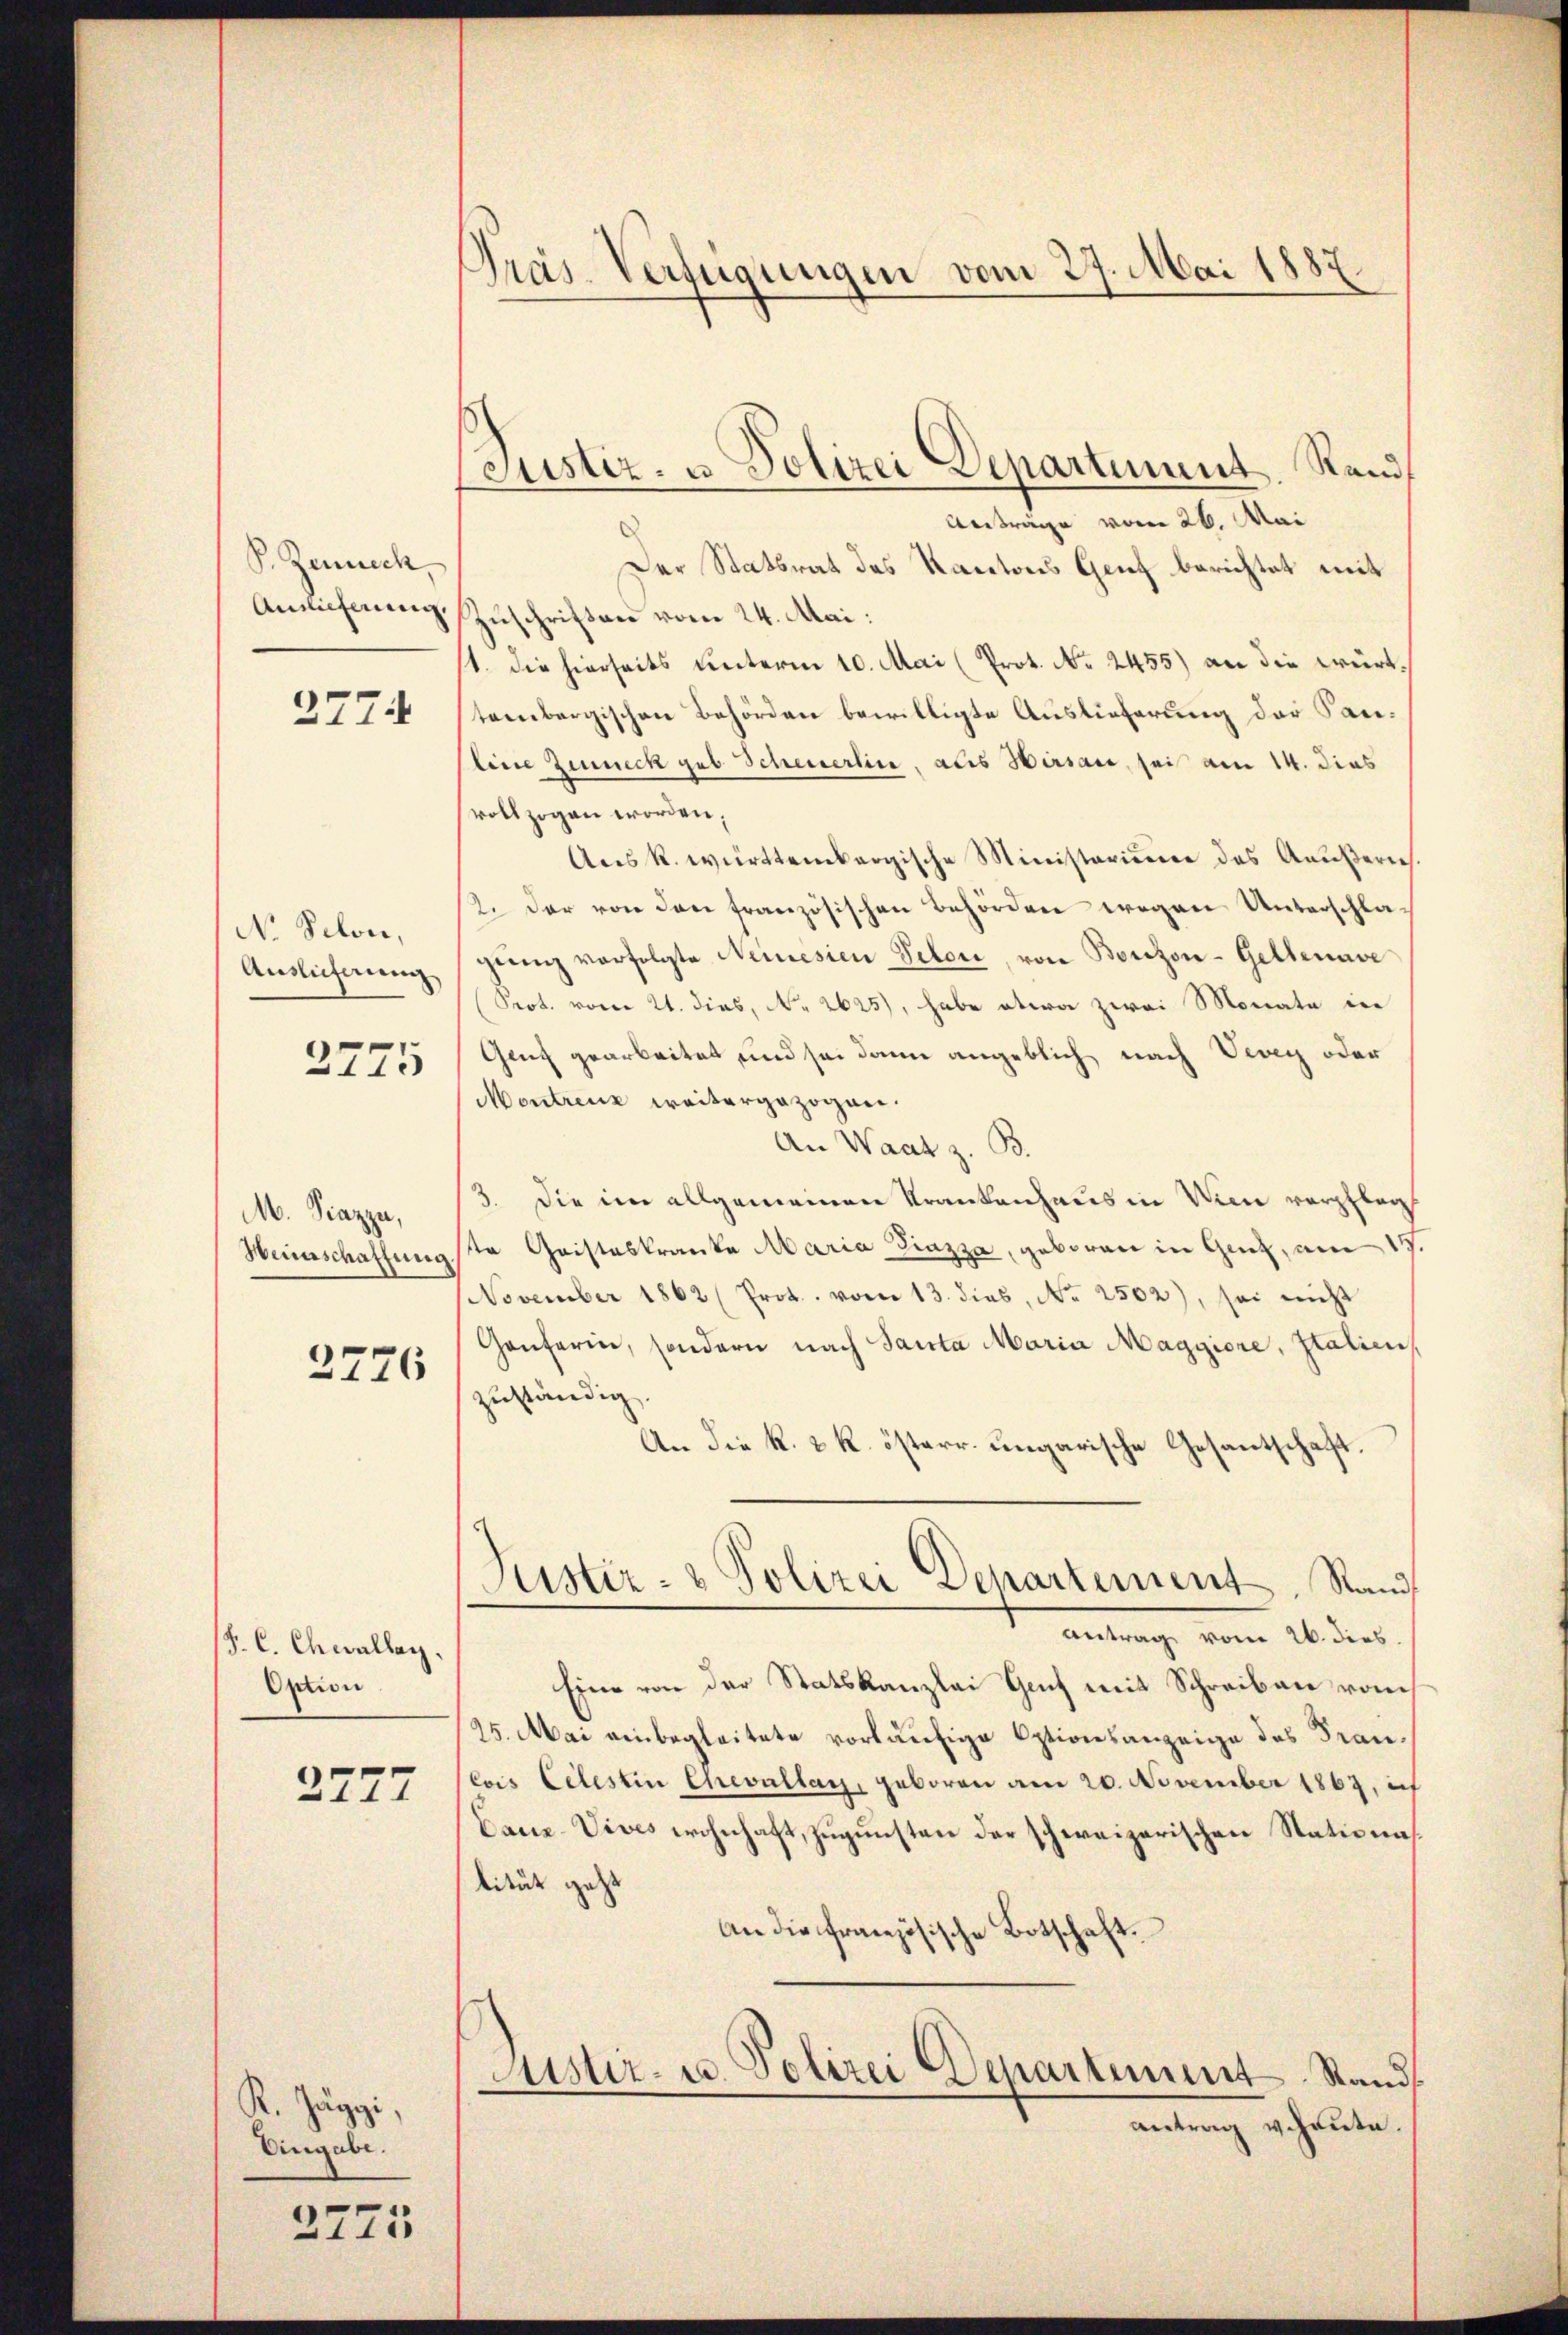
P. Zeineck,
Anwieferung

2774

N. Schon,
Auslicherung

2775

M. Piazza,
Weinschaffung

2776

J. C. Chwallay.
Option

2777

K. Jäggi,
Eingabe.

2775

Prás-Verfügungen vom 27. Mai 1887

Anträge vom 26. Mai
Der Statsrat des Kantons Genf berichtet mit
Zuschriften vom 24. Mai:
1. die hierseits unterm 10. Mai (Prot. No. 2455) an die württembergischen Behörden bewilligte Auslieferung der Sanline Zeuneck geb. Scheuerlin, aus Hirsau, sei am 14. dies
vollzogen worden;
Aus k. württembergische Ministerium des Aeußern.
12. Der von den französischen Behörden wegen Unterschlageŭng verfolgte Neinesien Peten, von Borizon-Gellenave
(Prot. vom 21. dies, No 2625), habe etwa zwei Monate in
Genf gearbeitet und sei dann angeblich nach Vevey oder
Montreuz weitergezogen.
An Waat z. B.
3. Die im allgemeinen Krankenhaus in Wien verpfleg
te Geisteskranke Maria Giazza, geboren in Genz, am 17
NNovember 1862 (Prot. vom 13. dies, Nr. 2502), sei nicht
Gonferin, sondern nach Santa Maria Maggiore, Italien
zuständig.
Un die k. k. k. österr. ungarische Gesantschaft.
Justiz- & Polizei Departement. Rand
Antrag vom 26. dies
Eine von der Statskanzlei Genf mit Schreiben vom
25. Mai einbegleitete vorläufige Optionsanzeige des Franlois Celestin Chevallag, geboren am 20. November 1863, inf
Cauz-Vives wohnhaft, zugunsten der schweizerischen Stationa¬
Dieude gest
An die Französische Botschaft.
Austiz- u. Polizei Departement Stand
antrag vehaute.

Justiz- u Polizei Separtement. Stand,